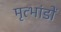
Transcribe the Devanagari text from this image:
मृत्भांडों